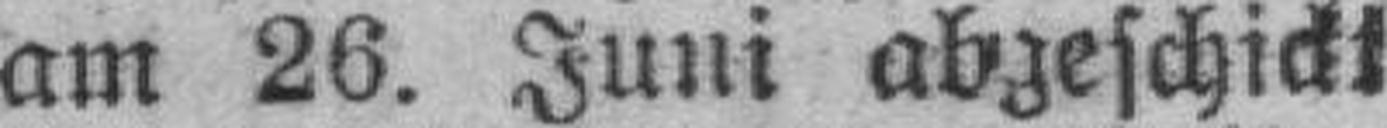
am 26. Juni abgeschickt